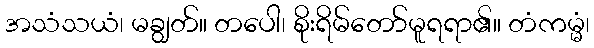
အသံသယံ၊ မချွတ်။ တပေါ၊ စိုးရိမ်တော်မူရရာ၏။ တံကမ္မံ၊